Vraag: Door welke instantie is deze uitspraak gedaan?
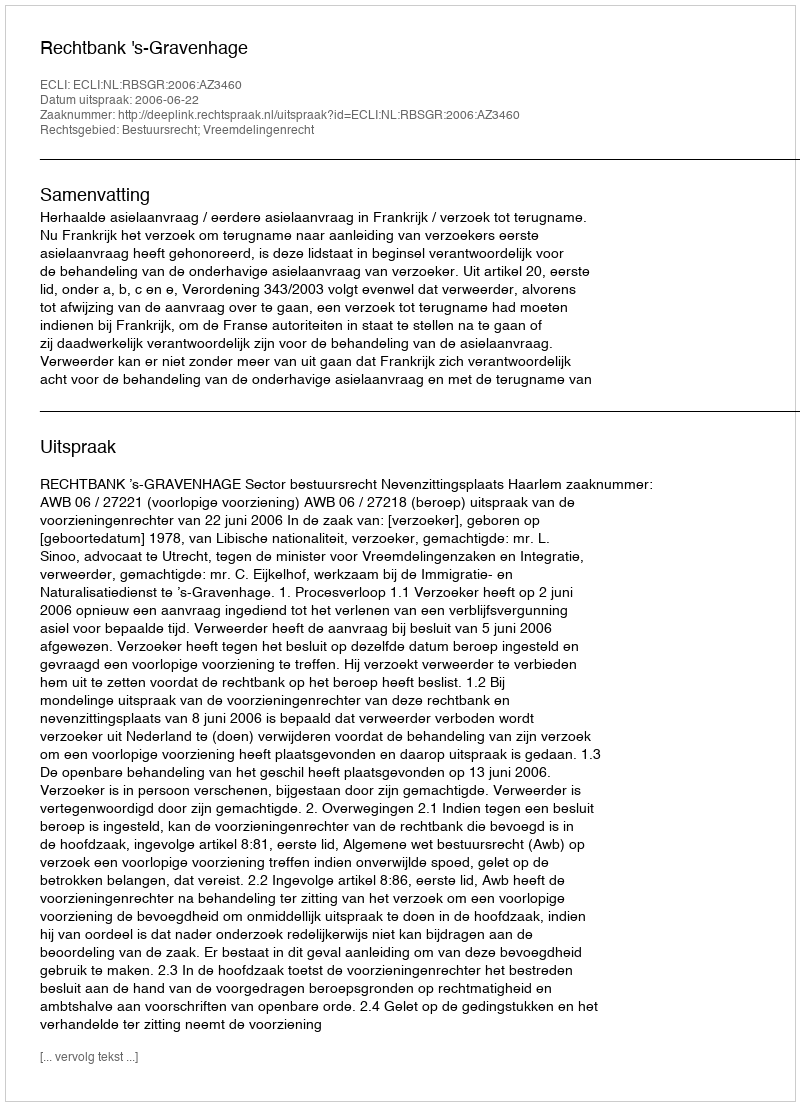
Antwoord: Rechtbank 's-Gravenhage